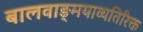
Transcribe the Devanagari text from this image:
बालवाङ्‌मयाव्यतिरिक्त